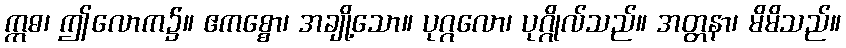
ဣဓ၊ ဤလောက၌။ ဧကစ္စော၊ အချို့သော။ ပုဂ္ဂလော၊ ပုဂ္ဂိုလ်သည်။ အတ္တနာ၊ မိမိသည်။